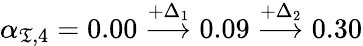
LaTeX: \alpha_{\mathfrak{T},4}=0.00\overset{+\Delta_{1}}{\longrightarrow}0.09\overset{+\Delta_{2}}{\longrightarrow}0.30